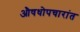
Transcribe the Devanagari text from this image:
औषधोपचारांत